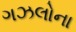
ગઝલોના